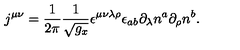
j ^ { \mu \nu } = \frac 1 { 2 \pi } \frac 1 { \sqrt { g _ { x } } } \epsilon ^ { \mu \nu \lambda \rho } \epsilon _ { a b } \partial _ { \lambda } n ^ { a } \partial _ { \rho } n ^ { b } .